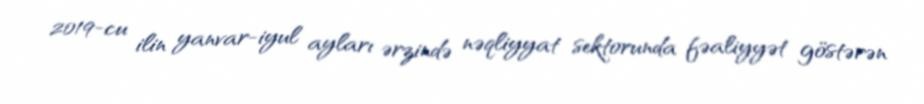
2019-cu ilin yanvar-iyul ayları ərzində nəqliyyat sektorunda fəaliyyət göstərən